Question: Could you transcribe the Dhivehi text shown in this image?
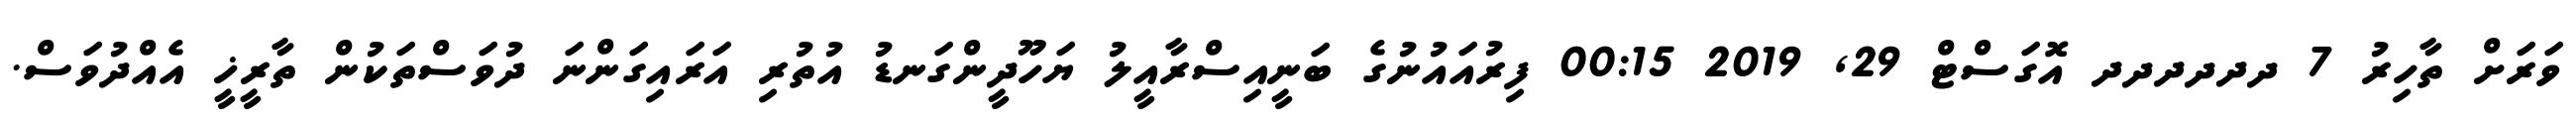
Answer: ވަރަށް ތާހިރު 7 ދދދދދދ އޮގަސްޓް 29, 2019 00:15 ފިރުއައުނުގެ ބަނީއިސްރާއީލު ޔަހޫދީންގަނޑު އުތުރި އަރައިގަންނަ ދުވަސްތަކުން ތާރީޚީ އެއްދުވަސް.